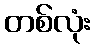
တစ်လုံး